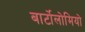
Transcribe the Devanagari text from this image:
बार्टोलोमियो